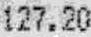
127.20